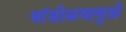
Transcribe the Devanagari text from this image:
धांडोळ्यामुळे